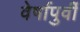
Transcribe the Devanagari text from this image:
वेर्षापुर्वी